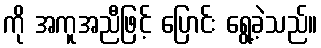
ကို အကူအညီဖြင့် ပြောင်း ရွေ့ခဲ့သည်။